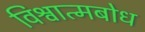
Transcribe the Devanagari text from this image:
विश्वात्मबोध